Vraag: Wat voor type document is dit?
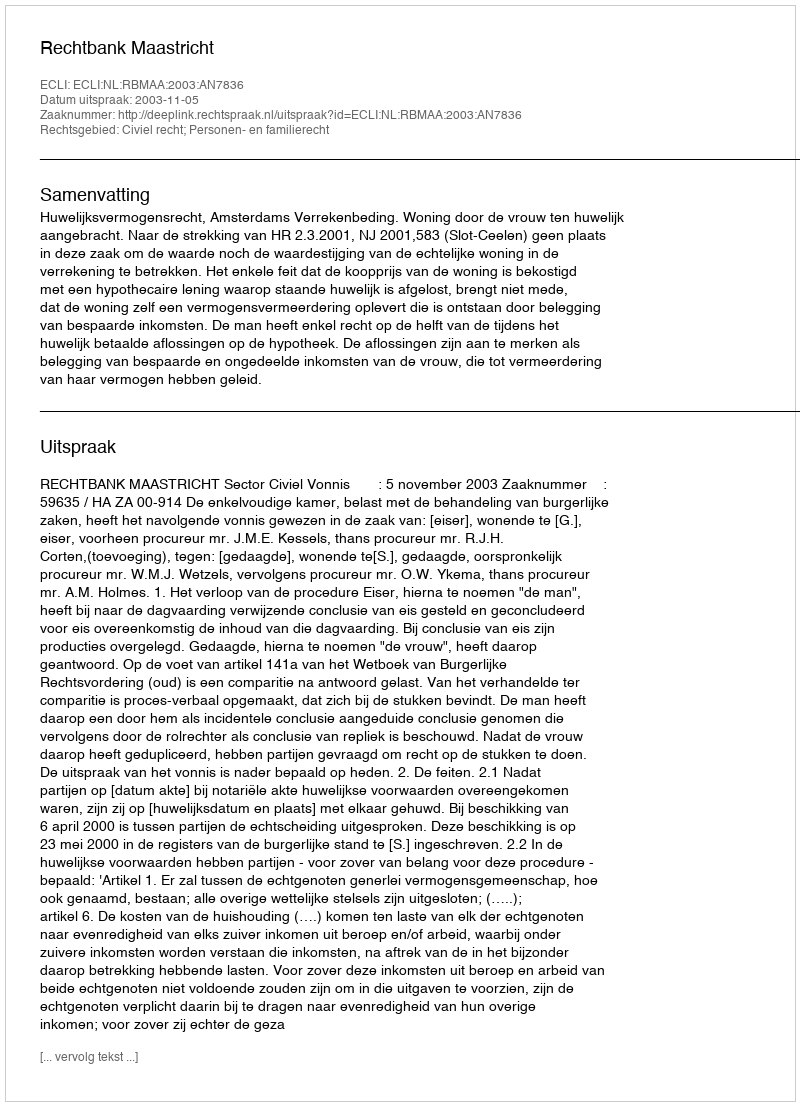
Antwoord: Uitspraak